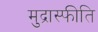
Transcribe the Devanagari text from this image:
मुद्रास्‍फीति